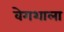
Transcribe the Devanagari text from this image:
वेगशाला